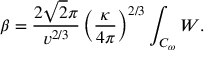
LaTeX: \beta = \frac { 2 \sqrt { 2 } \pi } { v ^ { 2 / 3 } } \left( \frac { \kappa } { 4 \pi } \right) ^ { 2 / 3 } \int _ { { \cal { C } } _ { \omega } } { W } .